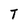
Character: T